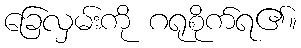
ခြေလှမ်းကို ဂရုစိုက်ရ၏။